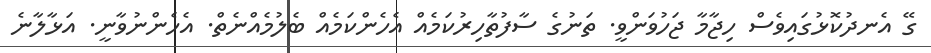
ގޭ އެނދުކޮޅުގައިވެސް ހިޖާމާ ޖަހުވަންވީ. ތަނުގެ ސާފުތާހިރުކަމެއް އެހެންކަމެއް ބެލުމެއްނެތް. އެހެންނުވާނީ. އަޅާލާނެ